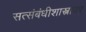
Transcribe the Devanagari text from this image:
सत्संबंधीशास्त्रावर